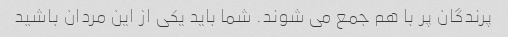
پرندگان پر با هم جمع می شوند. شما باید یکی از این مردان باشید